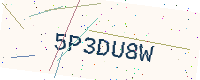
Text: 5P3DU8W